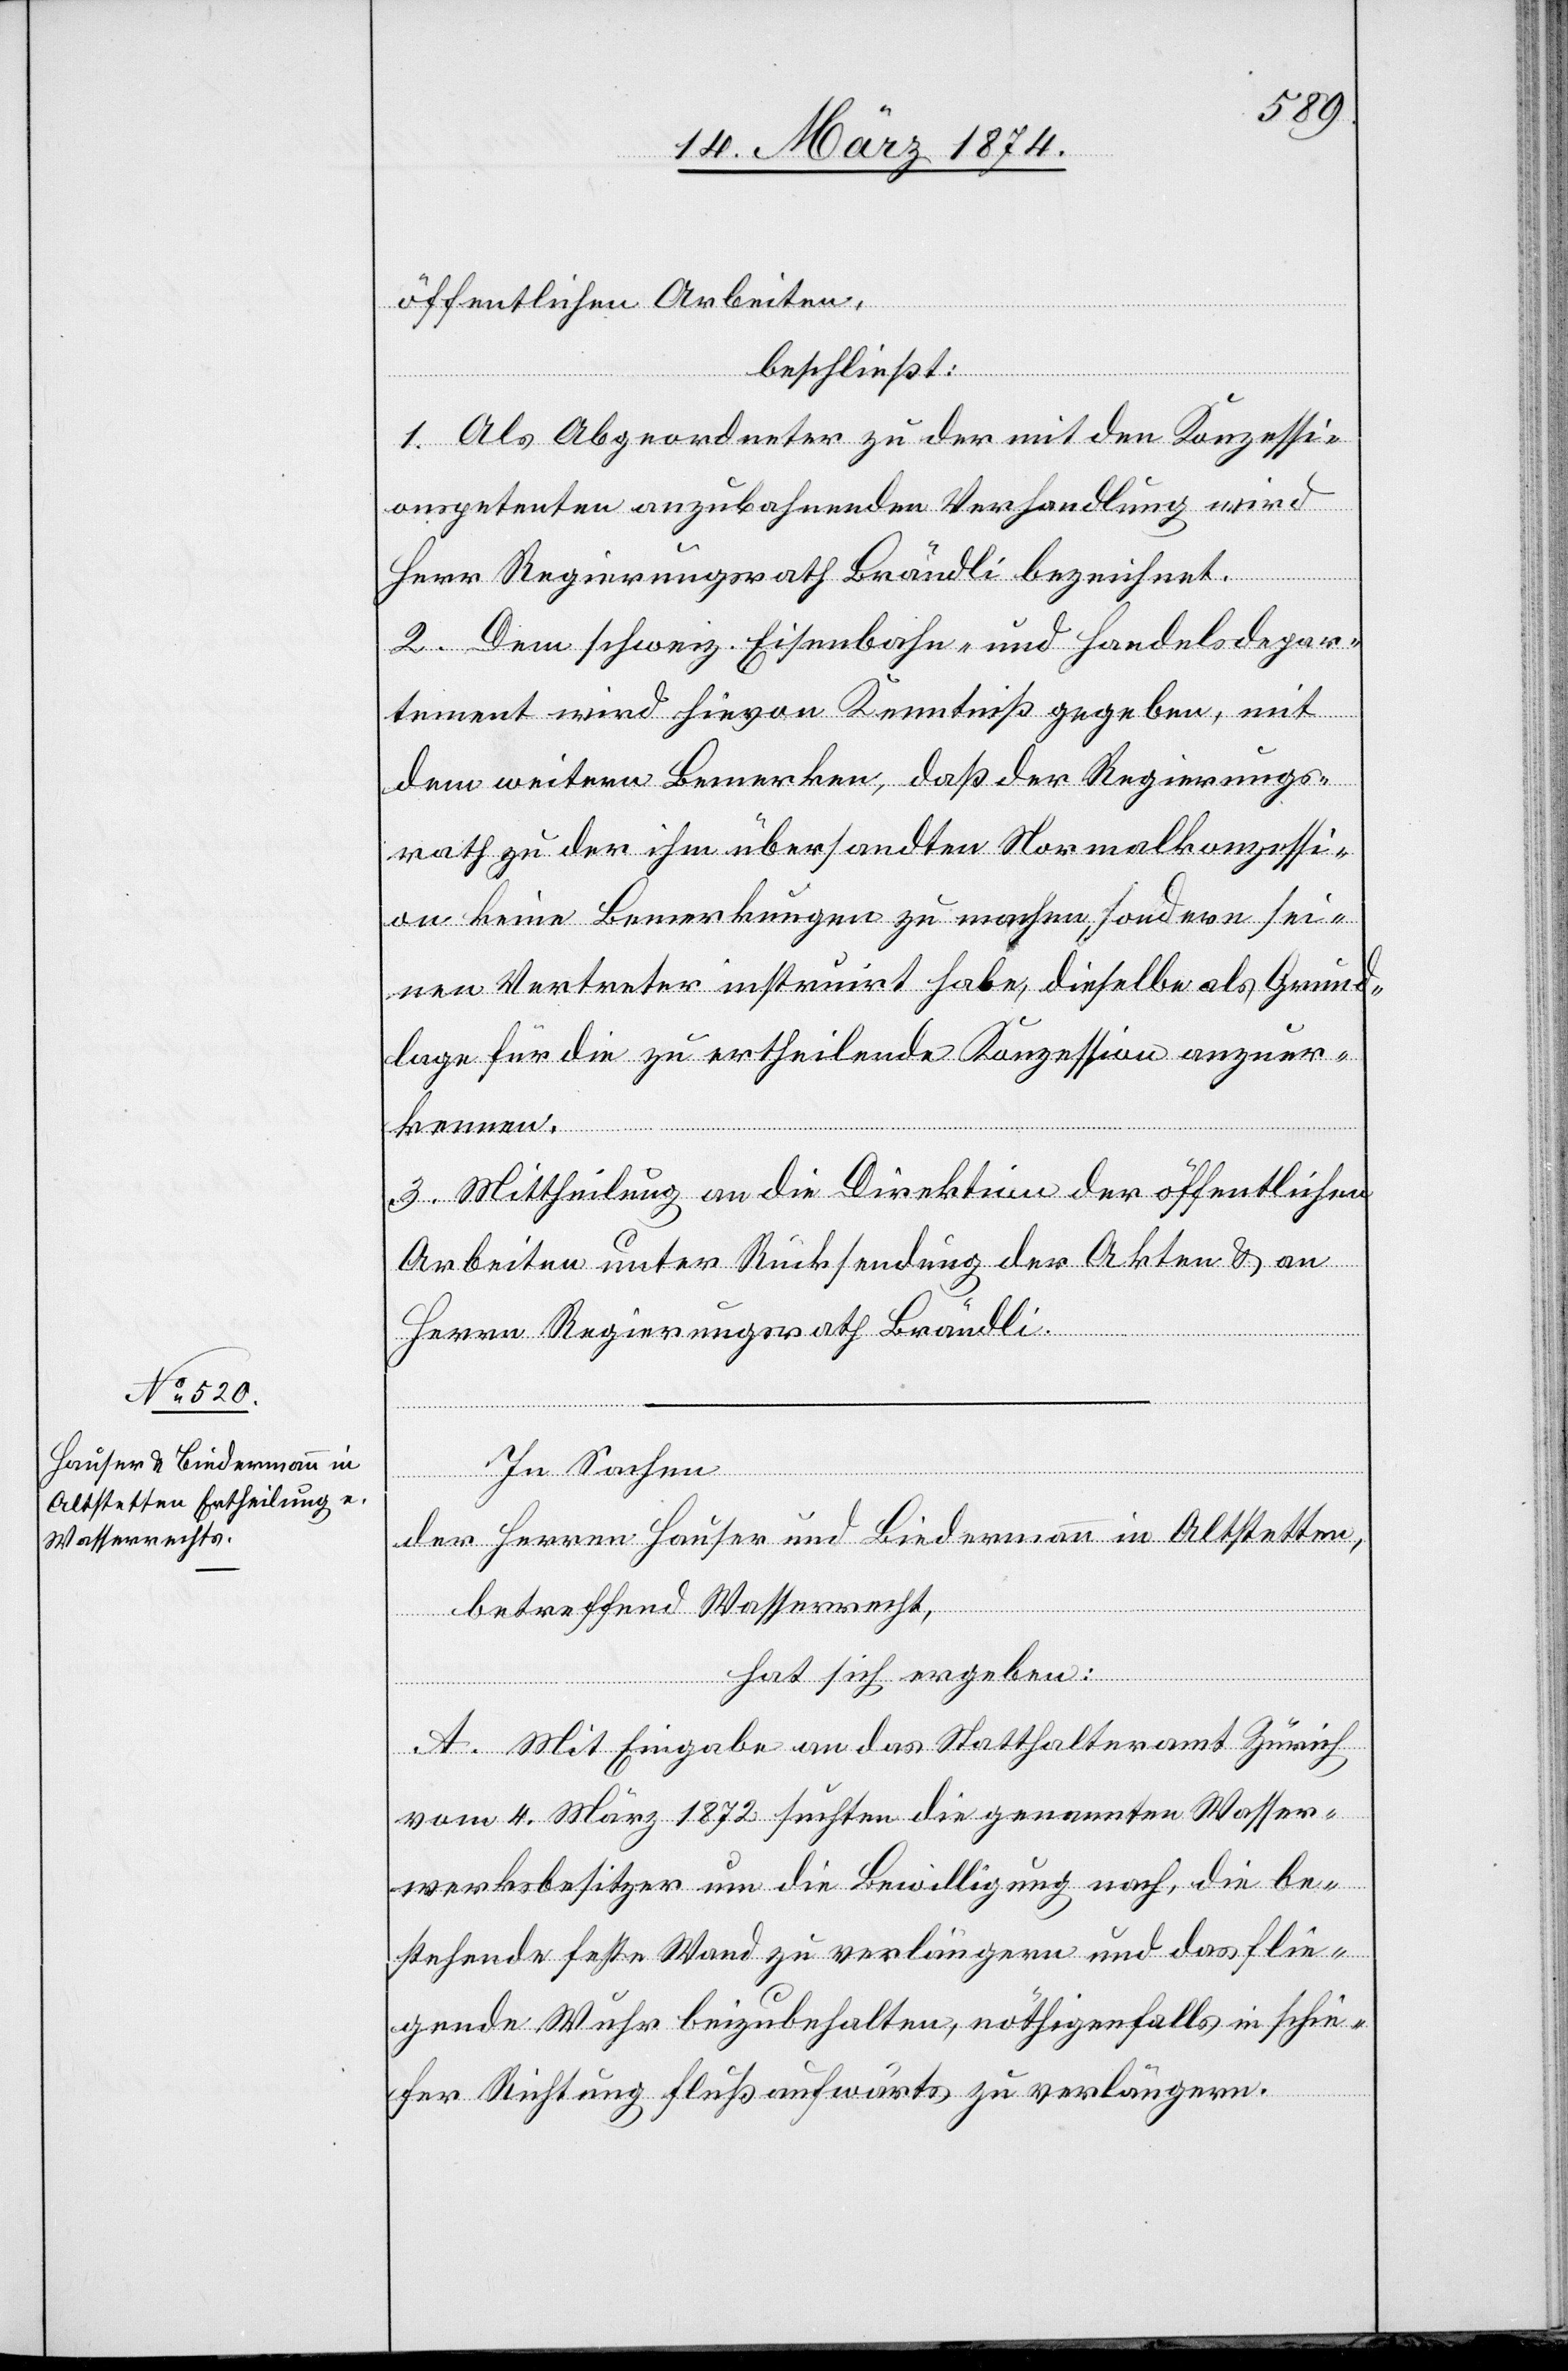
öffentlichen Arbeiten,
beschließt:
1. Als Abgeordneter zu der mit den Konzessi¬
onspetenten anzubahnenden Verhandlung wird
Herr Regierungsrath Brändli bezeichnet.
2. Dem schweiz. Eisenbahn- und Handelsdepar¬
tement wird hievon Kenntniß gegeben, mit
dem weitern Bemerken, daß der Regierungs¬
rath zu der ihm übersandten Normalkonzessi¬
on keine Bemerkungen zu machen, sondern sei¬
nen Vertreter instruirt habe, dieselbe als Grund¬
lage für die zu ertheilende Konzession anzuer¬
kennen.
3. Mittheilung an die Direktion der öffentlichen
Arbeiten unter Rücksendung der Akten u. an
Herrn Regierungsrath Brändli.
In Sachen
der Herren Hauser und Biedermann in Altstetten,
betreffend Wasserrecht,
hat sich ergeben:
A. Mit Eingabe an das Statthalteramt Zürich
vom 4. März 1872 suchten die genannten Wasser¬
werksbesitzer um die Bewilligung nach, die be¬
stehende feste Wand zu verlängern und das flie¬
gende Wuhr beizubehalten, nöthigenfalls in schie¬
fer Richtung flußaufwärts zu verlängern.